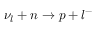
\nu _ { l } + n \rightarrow p + l ^ { - }